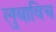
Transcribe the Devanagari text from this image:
लुबाविच